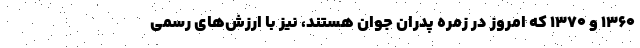
۱۳۶۰ و ۱۳۷۰ که امروز در زمره پدران جوان هستند، نیز با ارزش‌های رسمی